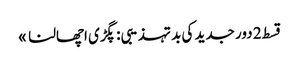
قسط 2	دور جدید کی بد تہذیبی: پگڑی اچھالنا »